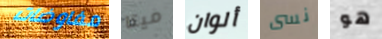
مفاوضات ميتا ألوان نسى هو